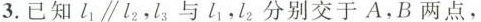
3.已知l_{1}\parallel l_{2}，l_{3}与l_{1}，l_{2}分别交于A，B两点，